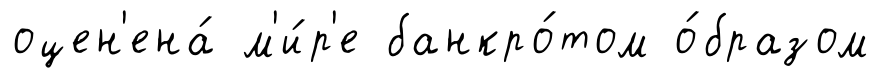
оцен'ена́ м'и́р'е банкро́том о́бразом